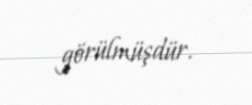
görülmüşdür.